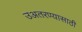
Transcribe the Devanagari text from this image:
उअतरण्यासाठी